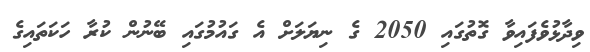
ވިދާޅުވެފައިވާ ގޮތުގައި 2050 ގެ ނިޔަލަށް އެ ގައުމުގައި ބޭނުން ކުރާ ހަކަތައިގެ